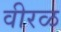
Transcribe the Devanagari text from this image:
वीरळ